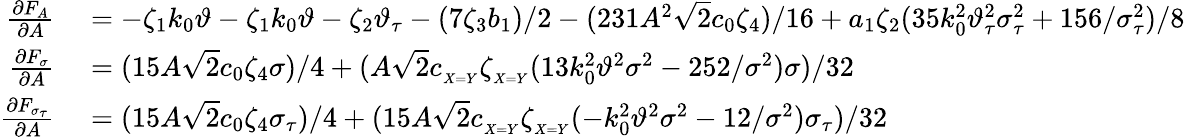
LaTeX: \begin{array}{rl}{\frac{\partial F_{A}}{\partial A}}&{{}=-\zeta_{1}k_{0}\vartheta-\zeta_{1}k_{0}\vartheta-\zeta_{2}\vartheta_{\tau}-(7\zeta_{3}b_{1})/2-(231A^{2}\sqrt{2}c_{0}\zeta_{4})/16+a_{1}\zeta_{2}(35k_{0}^{2}\vartheta_{\tau}^{2}\sigma_{\tau}^{2}+156/\sigma_{\tau}^{2})/8}\\ {\frac{\partial F_{\sigma}}{\partial A}}&{{}=(15A\sqrt{2}c_{0}\zeta_{4}\sigma)/4+(A\sqrt{2}c_{_{X=Y}}\zeta_{_{X=Y}}(13k_{0}^{2}\vartheta^{2}\sigma^{2}-252/\sigma^{2})\sigma)/32}\\ {\frac{\partial F_{\sigma_{\tau}}}{\partial A}}&{{}=(15A\sqrt{2}c_{0}\zeta_{4}\sigma_{\tau})/4+(15A\sqrt{2}c_{_{X=Y}}\zeta_{_{X=Y}}(-k_{0}^{2}\vartheta^{2}\sigma^{2}-12/\sigma^{2})\sigma_{\tau})/32}\end{array}